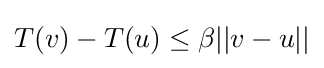
T(v)-T(u)\leq \beta ||v-u||